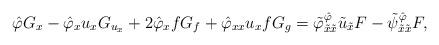
LaTeX: \begin{align*}\hat\varphi G_x-\hat\varphi_xu_xG_{u_x}+2\hat\varphi_xfG_f+\hat\varphi_{xx}u_xfG_g=\tilde\varphi^{\hat\varphi}_{\tilde x\tilde x}\tilde u_{\tilde x}F-\tilde\psi^{\hat\varphi}_{\tilde x\tilde x}F,\end{align*}